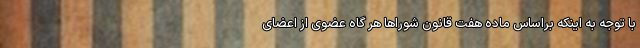
با توجه به اینکه براساس ماده هفت قانون شوراها هر گاه عضوی از اعضای